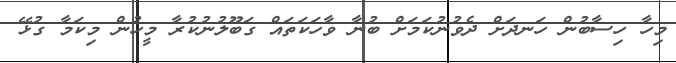
މިހާ ހިސާބުން ހަނދަށް ދެވުނުކަމަށް ބުނާ ވާހަކަތައް ގަބޫލުނުކުރާ މީހުން މިކަމާ ގުޅޭ